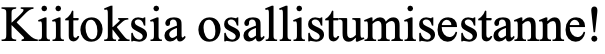
Kiitoksia osallistumisestanne!